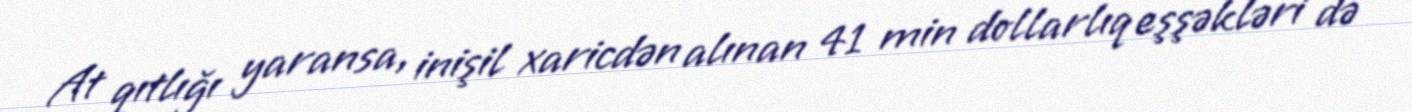
At qıtlığı yaransa, inişil xaricdən alınan 41 min dollarlıq eşşəkləri də